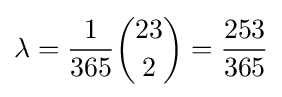
\lambda ={\frac {1}{365}}{23 \choose 2}={\frac {253}{365}}